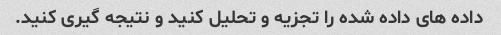
داده های داده شده را تجزیه و تحلیل کنید و نتیجه گیری کنید.